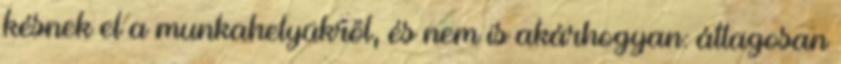
késnek el a munkahelyükről, és nem is akárhogyan: átlagosan